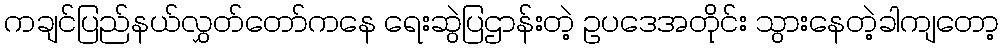
ကချင်ပြည်နယ်လွှတ်တော်ကနေ ရေးဆွဲပြဌာန်းတဲ့ ဥပဒေအတိုင်း သွားနေတဲ့ခါကျတော့